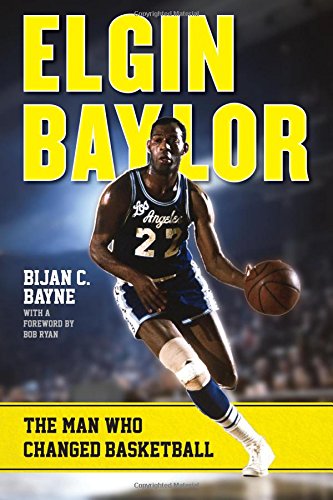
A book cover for Elgin Baylor: The Man Who Changed Basketball; Bijan C. Bayne; Biographies & Memoirs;